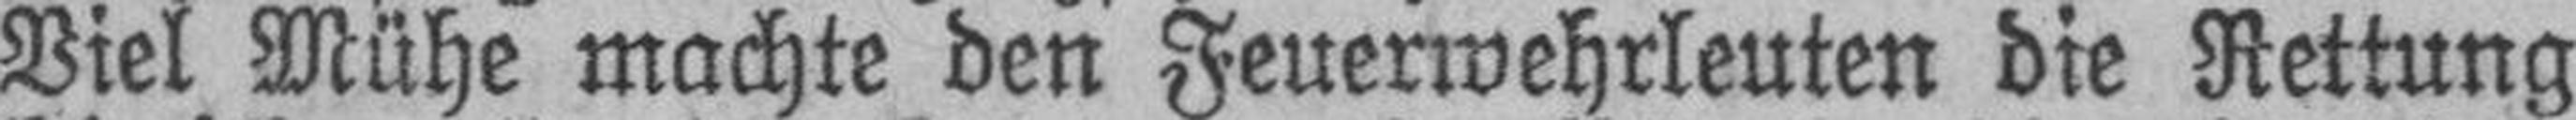
Viel Mühe machte den Feuerwehrleuten die Rettung